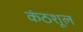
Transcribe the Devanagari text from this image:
कंठशूल